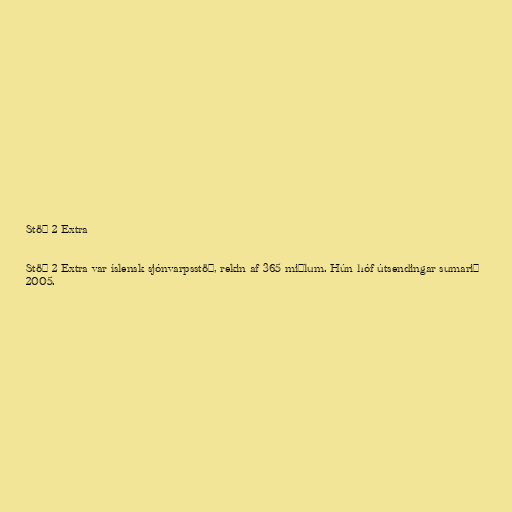
Stöð 2 Extra

Stöð 2 Extra var íslensk sjónvarpsstöð, rekin af 365 miðlum. Hún hóf útsendingar sumarið
2005.